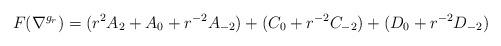
LaTeX: \begin{align*}F(\nabla^{g_r})=(r^2A_2+A_0+r^{-2}A_{-2})+(C_0+r^{-2}C_{-2})+(D_0+r^{-2}D_{-2})\end{align*}